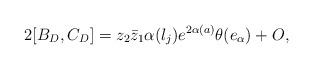
LaTeX: \begin{align*}2[B_D,C_D]=z_2\bar{z}_1\alpha(l_j)e^{2\alpha(a)}\theta(e_{\alpha})+O,\end{align*}